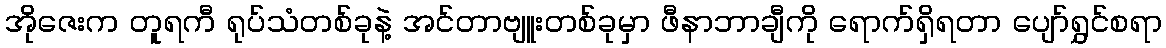
အိုဇေးက တူရကီ ရုပ်သံတစ်ခုနဲ့ အင်တာဗျူးတစ်ခုမှာ ဖီနာဘာချီကို ရောက်ရှိရတာ ပျော်ရွှင်စရာ